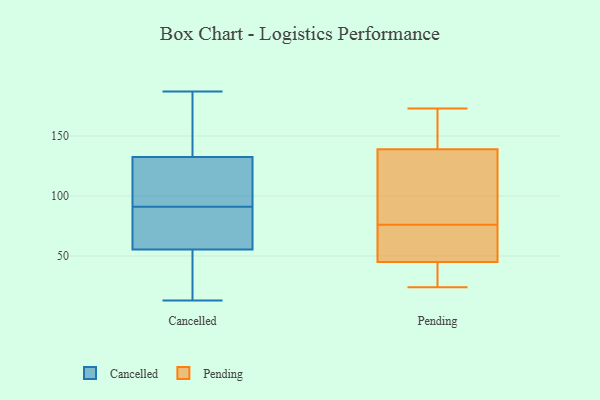
{"axis": {"x": "Conversion Rate (%)", "y": "Value"}, "legend": ["Cancelled", "Pending"], "data": [{"x": "", "y": 174, "type": "Cancelled"}, {"x": "", "y": 38, "type": "Cancelled"}, {"x": "", "y": 96, "type": "Cancelled"}, {"x": "", "y": 60, "type": "Cancelled"}, {"x": "", "y": 65, "type": "Cancelled"}, {"x": "", "y": 140, "type": "Cancelled"}, {"x": "", "y": 31, "type": "Cancelled"}, {"x": "", "y": 125, "type": "Cancelled"}, {"x": "", "y": 173, "type": "Cancelled"}, {"x": "", "y": 187, "type": "Cancelled"}, {"x": "", "y": 13, "type": "Cancelled"}, {"x": "", "y": 96, "type": "Cancelled"}, {"x": "", "y": 121, "type": "Cancelled"}, {"x": "", "y": 68, "type": "Cancelled"}, {"x": "", "y": 86, "type": "Cancelled"}, {"x": "", "y": 51, "type": "Cancelled"}, {"x": "", "y": 44, "type": "Pending"}, {"x": "", "y": 147, "type": "Pending"}, {"x": "", "y": 173, "type": "Pending"}, {"x": "", "y": 131, "type": "Pending"}, {"x": "", "y": 92, "type": "Pending"}, {"x": "", "y": 60, "type": "Pending"}, {"x": "", "y": 46, "type": "Pending"}, {"x": "", "y": 152, "type": "Pending"}, {"x": "", "y": 44, "type": "Pending"}, {"x": "", "y": 60, "type": "Pending"}, {"x": "", "y": 24, "type": "Pending"}, {"x": "", "y": 117, "type": "Pending"}]}